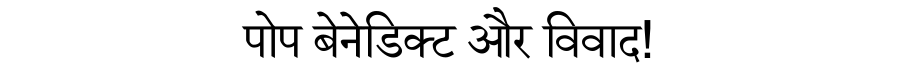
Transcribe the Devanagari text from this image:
पोप बेनेडिक्ट और विवाद!